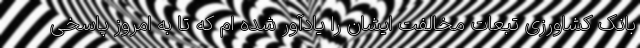
بانک کشاورزی تبعات مخالفت ایشان را یادآور شده ‌ام که تا به امروز پاسخی